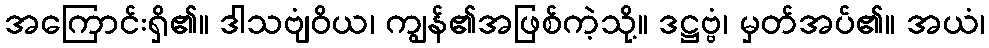
အကြောင်းရှိ၏။ ဒါသဗျံဝိယ၊ ကျွန်၏အဖြစ်ကဲ့သို့။ ဒဋ္ဌဗ္ဗံ၊ မှတ်အပ်၏။ အယံ၊